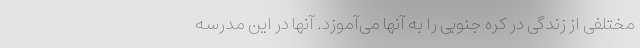
مختلفی از زندگی در کره جنوبی را به آنها می‌آموزد. آنها در این مدرسه